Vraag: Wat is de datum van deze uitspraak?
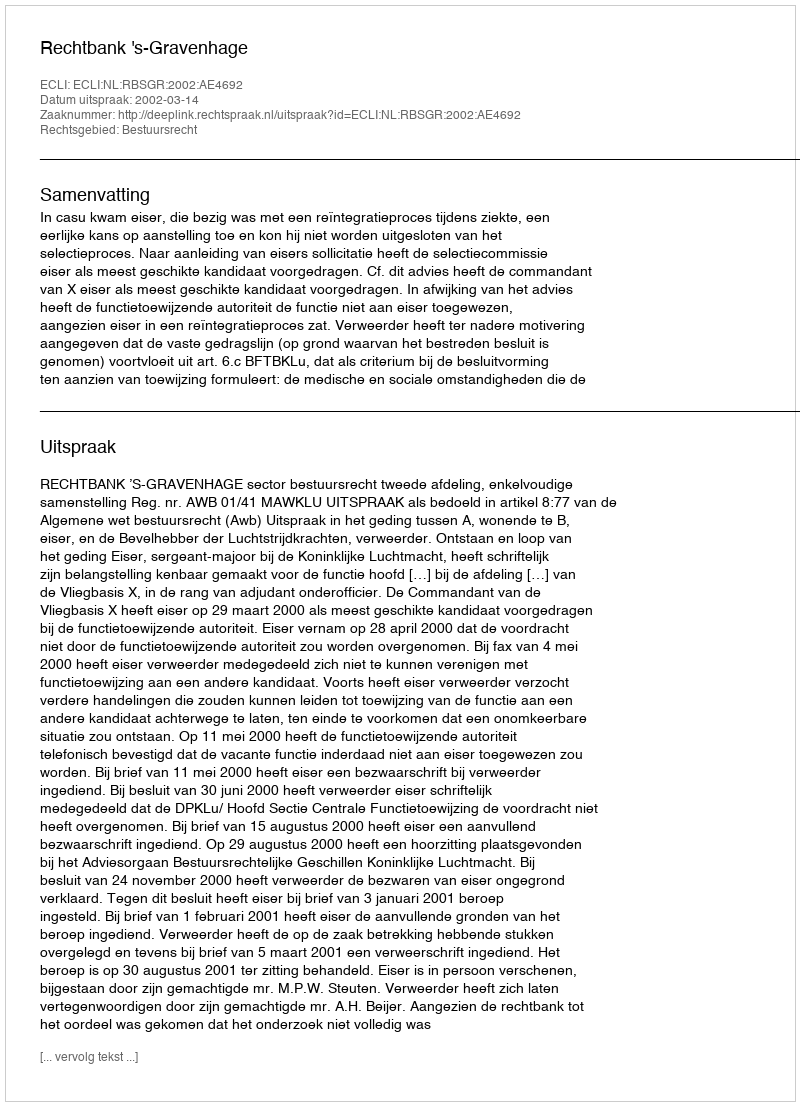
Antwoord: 2002-03-14